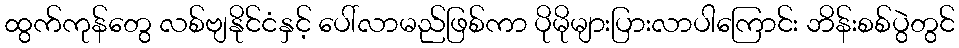
ထွက်ကုန်တွေ လစ်ဗျနိုင်ငံနှင့် ပေါ်လာမည်ဖြစ်ကာ ပိုမိုများပြားလာပါကြောင်း ဘိန်းစစ်ပွဲတွင်